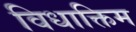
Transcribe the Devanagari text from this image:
विधाक्तिम